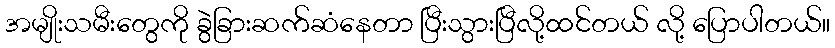
အမျိုးသမီးတွေကို ခွဲခြားဆက်ဆံနေတာ ပြီးသွားပြီလို့ထင်တယ် လို့ ပြောပါတယ်။